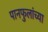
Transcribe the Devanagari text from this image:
पानफुलांच्या